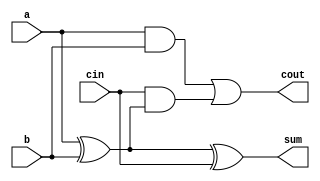
`timescale 1ns / 1ps
//////////////////////////////////////////////////////////////////////////////////
// Company: 
// Engineer: 
// 
// Design Name: 
// Module Name: full_adder_RCA
// Project Name: 
// Target Devices: 
// Tool Versions: 
// Description: 
// 
// Dependencies: 
// 
// Revision:
// Revision 0.01 - File Created
// Additional Comments:
// 
//////////////////////////////////////////////////////////////////////////////////


module full_adder_RCA(cout, sum, a, b, cin);

input   a,b;
input cin;
output  sum;
output cout;
wire c1,c2,s1, A, B, Cin;


xor xor1(s1, a, b);
xor xor2(sum, s1, cin);
and and1(c1, a,b);
and and2(c2, cin, s1);
or or1(cout, c1, c2);

endmodule